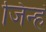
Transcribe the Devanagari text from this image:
जिन्हं